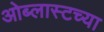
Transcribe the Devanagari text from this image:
ओब्लास्टच्या